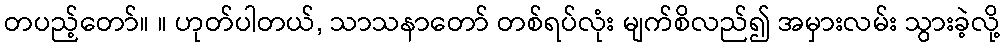
တပည့်တော်။ ။ ဟုတ်ပါတယ်, သာသနာတော် တစ်ရပ်လုံး မျက်စိလည်၍ အမှားလမ်း သွားခဲ့လို့